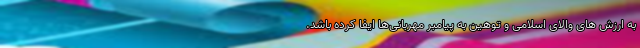
به ارزش های والای اسلامی و توهین به پیامبر مهربانی‌ها ایفا کرده باشد.